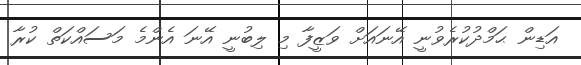
އަޑިން ޙަމްދުކުރެވުނީ އޭނައަށް ވަޒީފާ މި ލިބުނީ އޭނަ އެންމެ މަސައްކަތް ކުރާ